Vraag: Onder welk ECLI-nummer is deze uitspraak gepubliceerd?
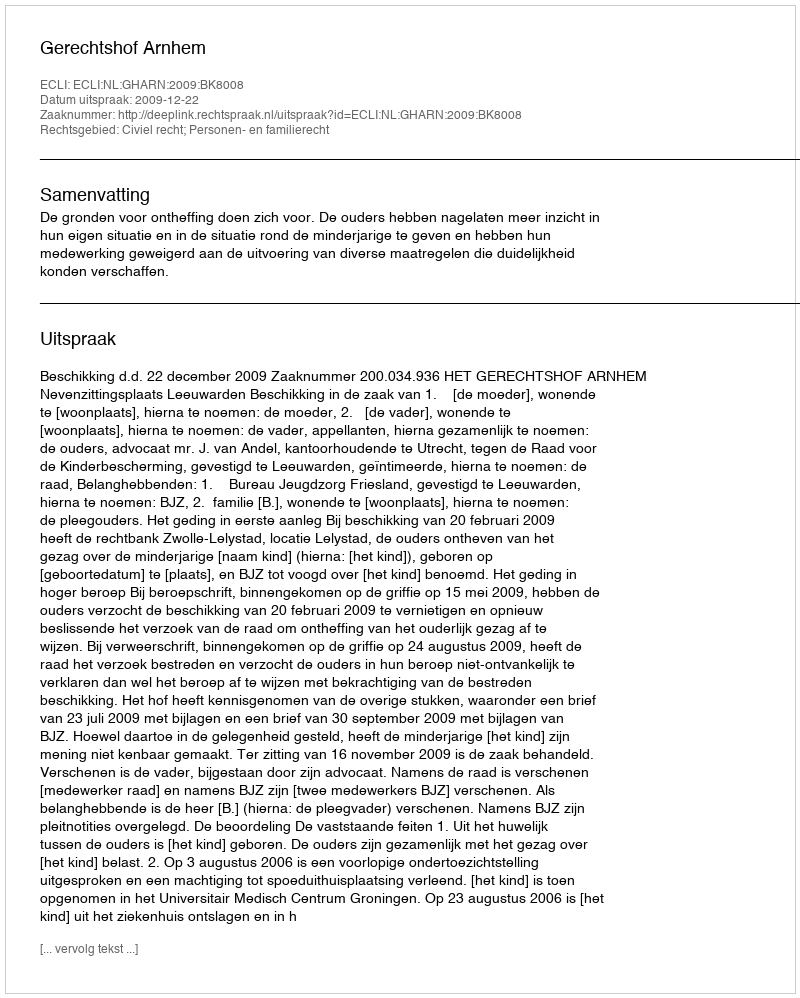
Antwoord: ECLI:NL:GHARN:2009:BK8008